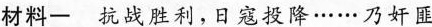
材料-抗战胜利，日寇投降……乃奸匪